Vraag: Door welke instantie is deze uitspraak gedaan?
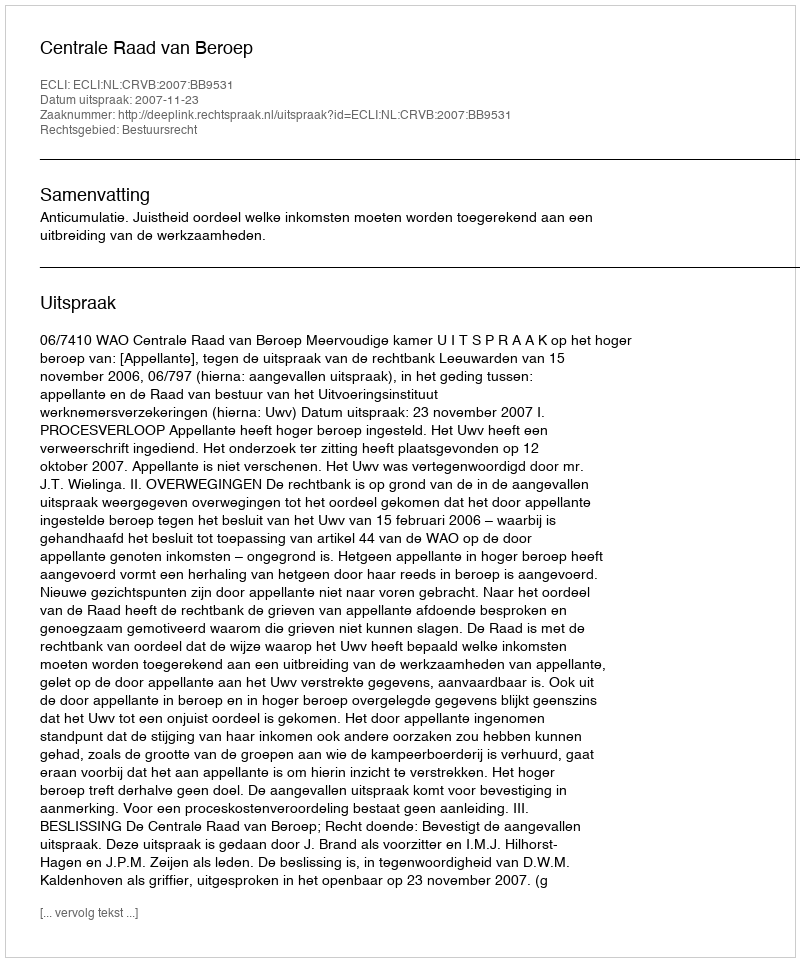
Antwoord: Centrale Raad van Beroep